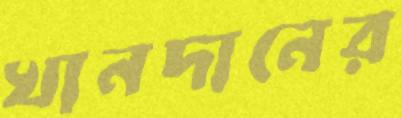
খানদানের